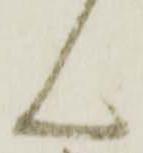
ん